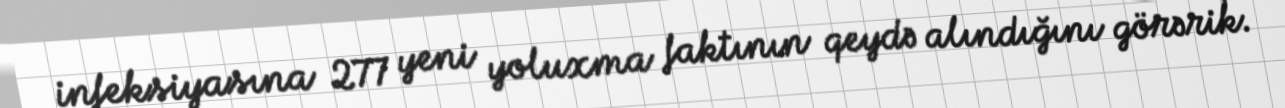
infeksiyasına 277 yeni yoluxma faktının qeydə alındığını görərik.